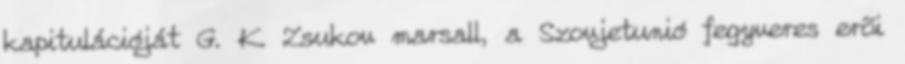
kapitulációját G. K. Zsukov marsall, a Szovjetunió fegyveres erõi